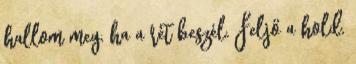
hallom meg, ha a rét beszél. Feljő a hold,